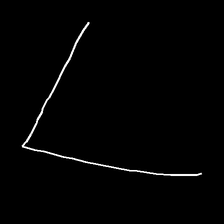
Glyph: region